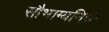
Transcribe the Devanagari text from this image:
सौभाग्यनिधी